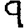
Digit: 9